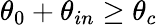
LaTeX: \theta_{0}+\theta_{in}\ge\theta_{c}